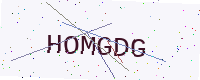
Text: HOMGDG